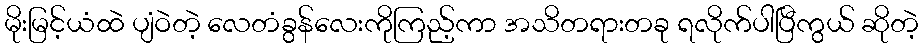
မိုးမြင့်ယံထဲ ပျံဝဲတဲ့ လေတံခွန်လေးကိုကြည့်ကာ အသိတရားတခု ရလိုက်ပါပြီကွယ် ဆိုတဲ့